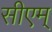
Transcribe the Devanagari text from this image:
सीएम्